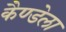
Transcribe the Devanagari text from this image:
कैण्डेला